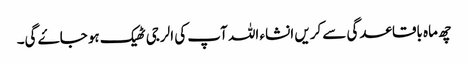
چھ ماہ باقاعدگی سے کریں انشاء اللہ آپ کی الرجی ٹھیک ہو جاۓ گی۔